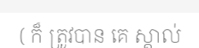
( ក៏ ត្រូវបាន គេ ស្គាល់